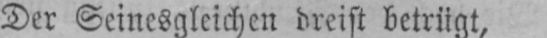
Der Seinesgleichen dreist betrügt,